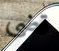
قضى